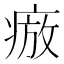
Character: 𭼕